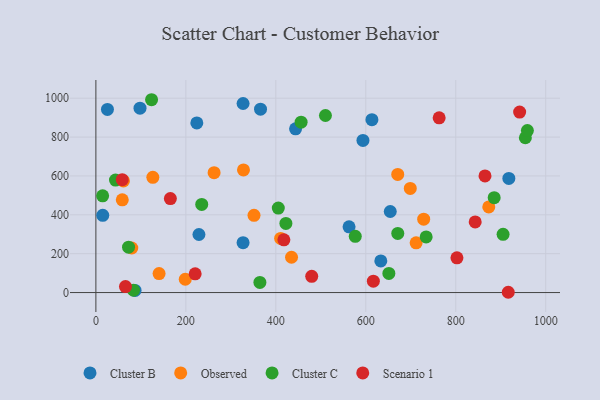
{"axis": {"x": "Study Hours", "y": "Rating"}, "legend": ["Cluster B", "Cluster C", "Observed", "Scenario 1"], "data": [{"x": "633.4", "y": 162.8, "type": "Cluster B"}, {"x": "593.7", "y": 783.0, "type": "Cluster B"}, {"x": "327.2", "y": 256.8, "type": "Cluster B"}, {"x": "87.1", "y": 10.7, "type": "Cluster B"}, {"x": "443.9", "y": 842.3, "type": "Cluster B"}, {"x": "366.0", "y": 943.8, "type": "Cluster B"}, {"x": "654.4", "y": 417.0, "type": "Cluster B"}, {"x": "229.1", "y": 298.6, "type": "Cluster B"}, {"x": "15.3", "y": 397.5, "type": "Cluster B"}, {"x": "918.0", "y": 587.3, "type": "Cluster B"}, {"x": "613.6", "y": 889.5, "type": "Cluster B"}, {"x": "562.8", "y": 338.4, "type": "Cluster B"}, {"x": "224.4", "y": 872.9, "type": "Cluster B"}, {"x": "25.7", "y": 942.1, "type": "Cluster B"}, {"x": "327.2", "y": 972.8, "type": "Cluster B"}, {"x": "98.1", "y": 948.7, "type": "Cluster B"}, {"x": "711.9", "y": 256.1, "type": "Observed"}, {"x": "126.6", "y": 592.7, "type": "Observed"}, {"x": "198.7", "y": 68.4, "type": "Observed"}, {"x": "698.9", "y": 535.6, "type": "Observed"}, {"x": "434.9", "y": 181.6, "type": "Observed"}, {"x": "728.7", "y": 377.3, "type": "Observed"}, {"x": "328.1", "y": 630.9, "type": "Observed"}, {"x": "410.7", "y": 278.3, "type": "Observed"}, {"x": "61.3", "y": 574.3, "type": "Observed"}, {"x": "79.8", "y": 229.2, "type": "Observed"}, {"x": "671.0", "y": 607.9, "type": "Observed"}, {"x": "262.8", "y": 616.6, "type": "Observed"}, {"x": "873.4", "y": 440.4, "type": "Observed"}, {"x": "58.7", "y": 477.0, "type": "Observed"}, {"x": "351.5", "y": 397.4, "type": "Observed"}, {"x": "140.5", "y": 97.6, "type": "Observed"}, {"x": "235.3", "y": 453.7, "type": "Cluster C"}, {"x": "456.2", "y": 876.5, "type": "Cluster C"}, {"x": "905.2", "y": 299.6, "type": "Cluster C"}, {"x": "576.6", "y": 289.2, "type": "Cluster C"}, {"x": "671.1", "y": 304.1, "type": "Cluster C"}, {"x": "510.3", "y": 911.0, "type": "Cluster C"}, {"x": "954.7", "y": 796.5, "type": "Cluster C"}, {"x": "83.7", "y": 12.2, "type": "Cluster C"}, {"x": "422.4", "y": 355.5, "type": "Cluster C"}, {"x": "651.3", "y": 98.3, "type": "Cluster C"}, {"x": "15.0", "y": 497.6, "type": "Cluster C"}, {"x": "885.4", "y": 488.2, "type": "Cluster C"}, {"x": "405.5", "y": 434.9, "type": "Cluster C"}, {"x": "72.6", "y": 233.7, "type": "Cluster C"}, {"x": "43.6", "y": 578.6, "type": "Cluster C"}, {"x": "959.2", "y": 833.4, "type": "Cluster C"}, {"x": "734.2", "y": 286.0, "type": "Cluster C"}, {"x": "364.6", "y": 52.1, "type": "Cluster C"}, {"x": "123.8", "y": 992.2, "type": "Cluster C"}, {"x": "763.1", "y": 899.0, "type": "Scenario 1"}, {"x": "479.8", "y": 83.4, "type": "Scenario 1"}, {"x": "65.8", "y": 30.8, "type": "Scenario 1"}, {"x": "616.8", "y": 58.3, "type": "Scenario 1"}, {"x": "417.9", "y": 271.1, "type": "Scenario 1"}, {"x": "942.0", "y": 928.8, "type": "Scenario 1"}, {"x": "165.6", "y": 483.3, "type": "Scenario 1"}, {"x": "220.7", "y": 96.5, "type": "Scenario 1"}, {"x": "865.0", "y": 599.9, "type": "Scenario 1"}, {"x": "58.6", "y": 580.9, "type": "Scenario 1"}, {"x": "916.7", "y": 1.4, "type": "Scenario 1"}, {"x": "843.2", "y": 363.2, "type": "Scenario 1"}, {"x": "802.6", "y": 178.9, "type": "Scenario 1"}]}